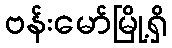
ဗန်းမော်မြို့ရှိ